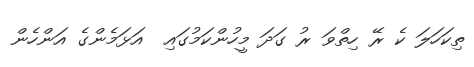
ތިކަހަލަ ކެ ރޭ ހިތްވަ ރު ގަދަ މީހުންކަމުގައި  އަޅަމެންގެ އަންހެން